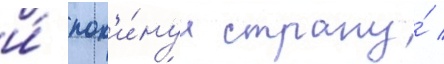
и́ пок'и́нул страну́ /